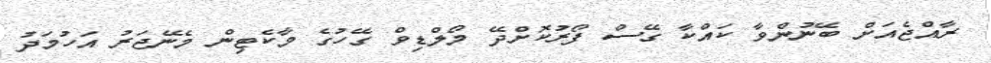
ރާއްޖެއަށް ބޭނުންވާ ކައްކާ ގޭސް ފޯރުކޮށްދޭ މޯލްޑިވް ގޭހުގެ މާކެޓިން މެނޭޖަރު އަހުމަދު